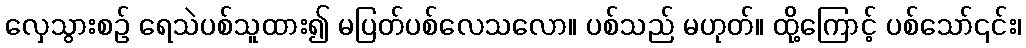
လှေသွားစဉ် ရေသဲပစ်သူထား၍ မပြတ်ပစ်လေသလော။ ပစ်သည် မဟုတ်။ ထို့ကြောင့် ပစ်သော်၎င်း၊